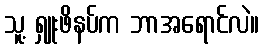
သူ့ ရှူးဖိနပ်က ဘာအရောင်လဲ။